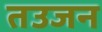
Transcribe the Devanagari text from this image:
तउजन